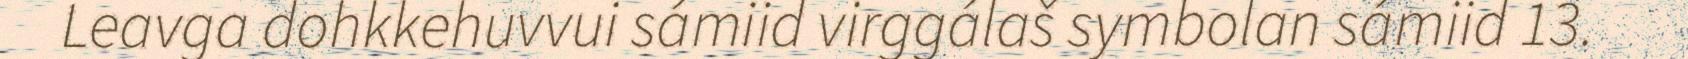
Leavga dohkkehuvvui sámiid virggálaš symbolan sámiid 13.